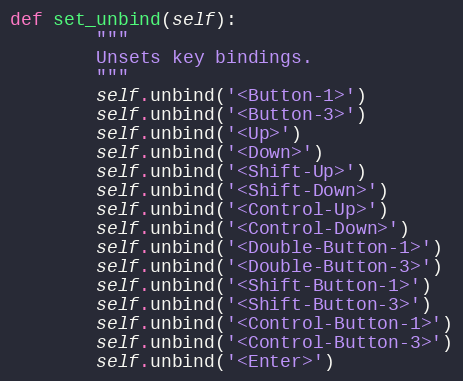
Language: Python
def set_unbind(self):
        """
        Unsets key bindings.
        """
        self.unbind('<Button-1>')
        self.unbind('<Button-3>')
        self.unbind('<Up>')
        self.unbind('<Down>')
        self.unbind('<Shift-Up>')
        self.unbind('<Shift-Down>')
        self.unbind('<Control-Up>')
        self.unbind('<Control-Down>')
        self.unbind('<Double-Button-1>')
        self.unbind('<Double-Button-3>')
        self.unbind('<Shift-Button-1>')
        self.unbind('<Shift-Button-3>')
        self.unbind('<Control-Button-1>')
        self.unbind('<Control-Button-3>')
        self.unbind('<Enter>')